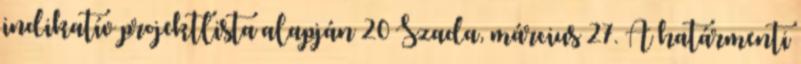
indikatív projektlista alapján 20 Szada, március 27. A határmenti